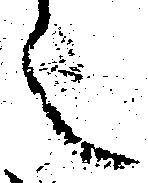
之